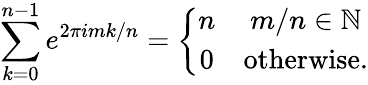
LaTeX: \sum_{k=0}^{n-1}e^{2\pi imk/n}=\left\{ \begin{array}{cc}{n}&{m/n\in\mathbb{N}}\\ {0}&{\mathrm{otherwise}.}\end{array}\right.